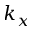
k _ { x }